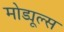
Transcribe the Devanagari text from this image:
मोड्यूल्स